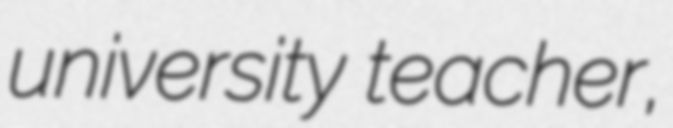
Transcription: university teacher,